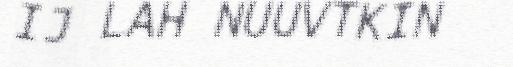
IJ LAH NUUVTKIN